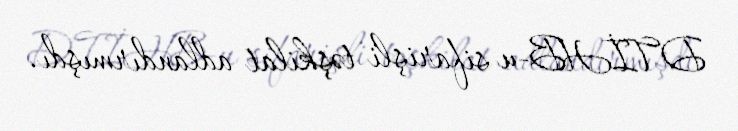
DTİHB-u sifarişli təşkilat adlandırmışdı.